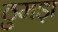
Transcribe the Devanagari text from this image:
ठुमड़ा